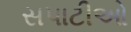
સપાટીઓ